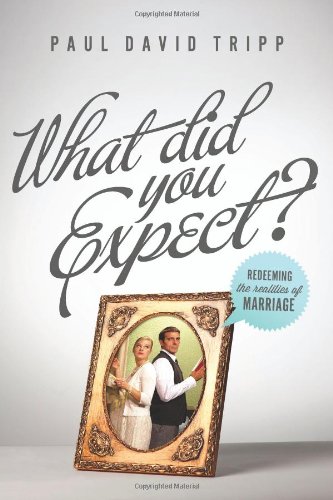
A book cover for What Did You Expect? (Redesign): Redeeming the Realities of Marriage; Paul David Tripp; Christian Books & Bibles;